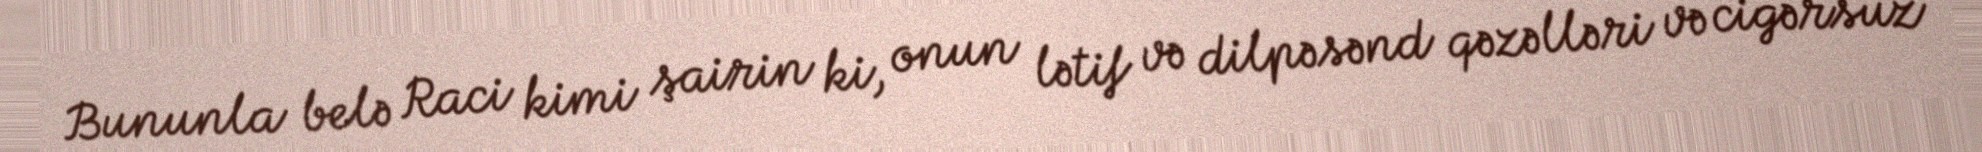
Bununla belə Raci kimi şairin ki, onun lətif və dilpəsənd qəzəlləri və cigərsuz